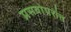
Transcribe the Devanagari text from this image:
प्रसवोपरांत